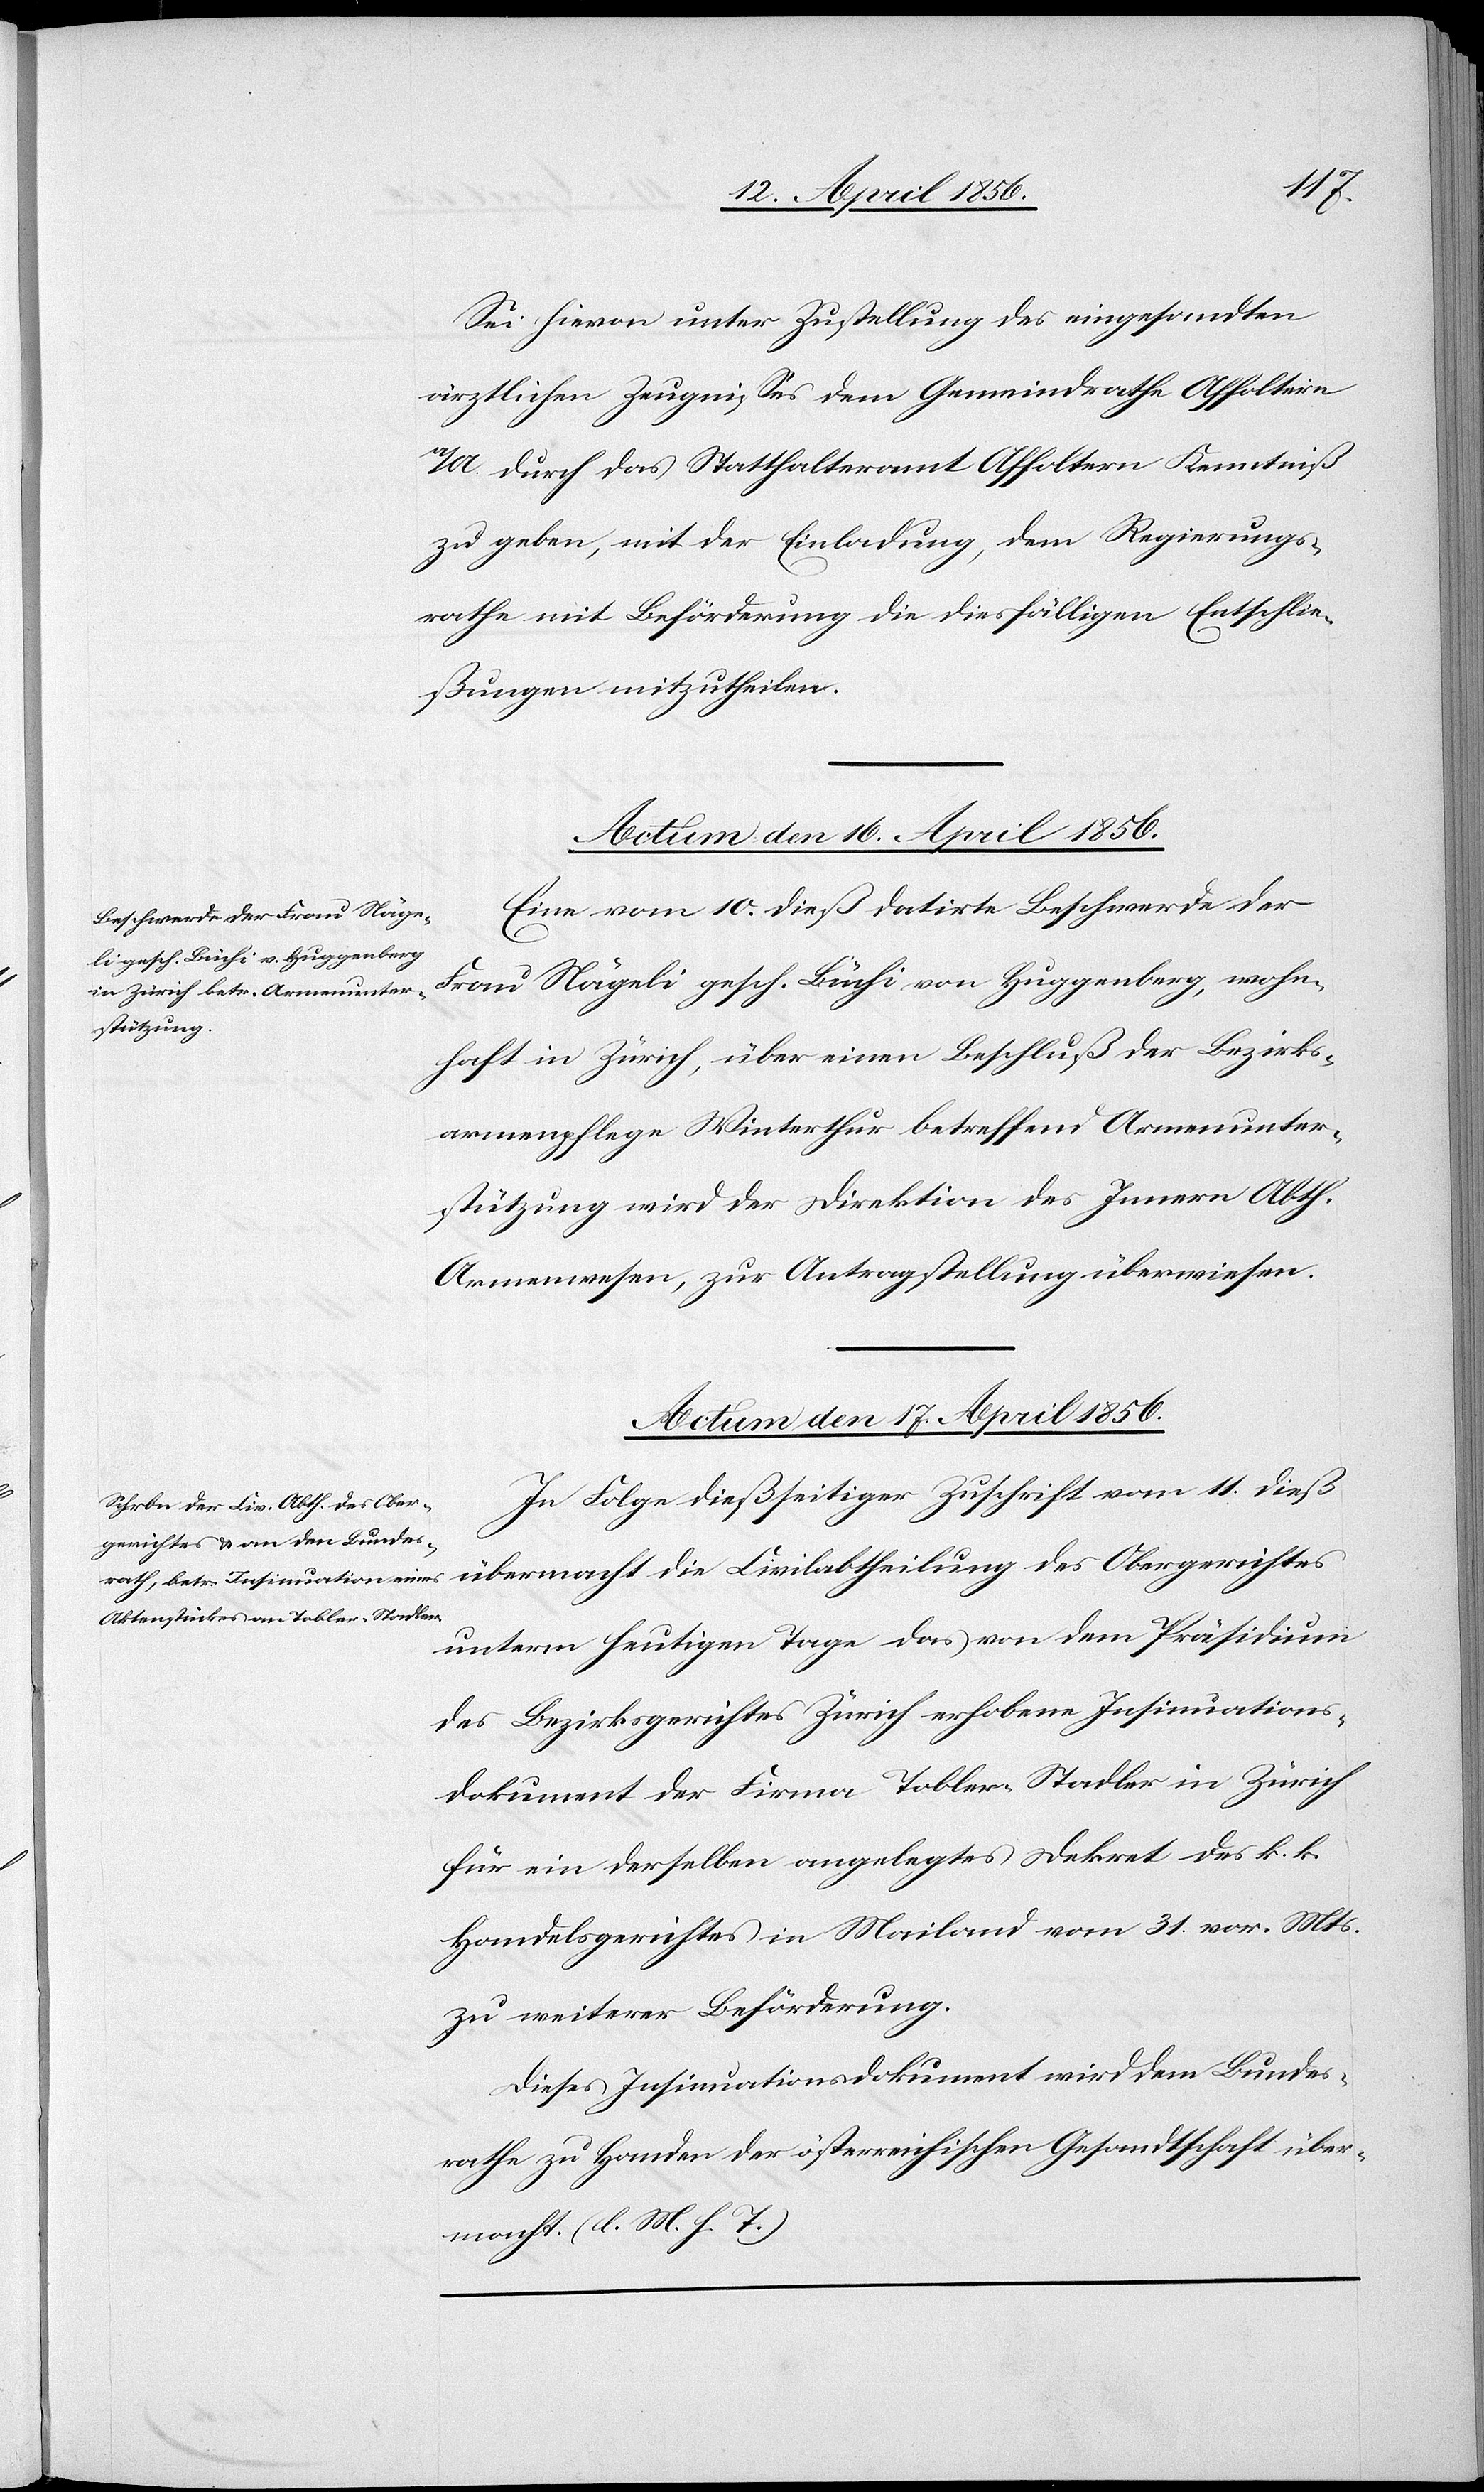
Sei hievon unter Zustellung des eingesandten
ärztlichen Zeugnisses dem Gemeindrathe Affoltern
a/A. durch das Statthalteramt Affoltern Kenntniß
zu geben, mit der Einladung, dem Regierungs¬
rathe mit Beförderung die diesfälligen Entschlie¬
ßungen mitzutheilen.
Actum den 16. April 1856.
Eine vom 10. dieß datirte Beschwerde der
Frau Nägeli gesch. Büchi von Huggenberg, wohn¬
haft in Zürich, über einen Beschluß der Bezirks¬
armenpflege Winterthur betreffend Armenunter¬
stützung wird der Direktion des Innern Abth.
Armenwesen, zur Antragstellung überwiesen.
Actum den 17. April 1856.
In Folge dießseitiger Zuschrift vom 11. dieß
übermacht die Civilabtheilung des Obergerichtes
unterm heutigen Tage das von dem Präsidium
des Bezirksgerichtes Zürich erhobene Insinuations¬
dokument der Firma Tobler-Stadler in Zürich
für ein derselben angelegtes Dekret des k. k.
Handelsgerichtes in Mailand vom 31. vor. Mts.
zu weiterer Beförderung.
Dieses Insinuationsdokument wird dem Bundes¬
rathe zu Handen der österreichischen Gesandtschaft über¬
macht. (l. M. h. T.)